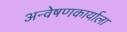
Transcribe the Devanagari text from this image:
अन्वेषणकार्याला